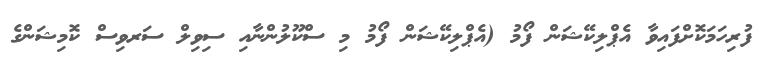
ފުރިހަމަކޮށްފައިވާ އެޕްލިކޭޝަން ފޯމު (އެޕްލިކޭޝަން ފޯމު މި ސްކޫލުންނާއި ސިވިލް ސަރވިސް ކޮމިޝަންގެ